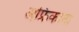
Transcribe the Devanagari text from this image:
अफ्रिकाना